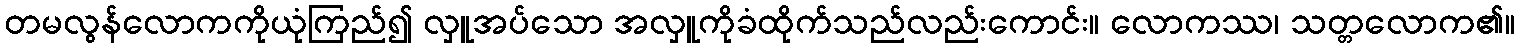
တမလွန်လောကကိုယုံကြည်၍ လှူအပ်သော အလှူကိုခံထိုက်သည်လည်းကောင်း။ လောကဿ၊ သတ္တလောက၏။